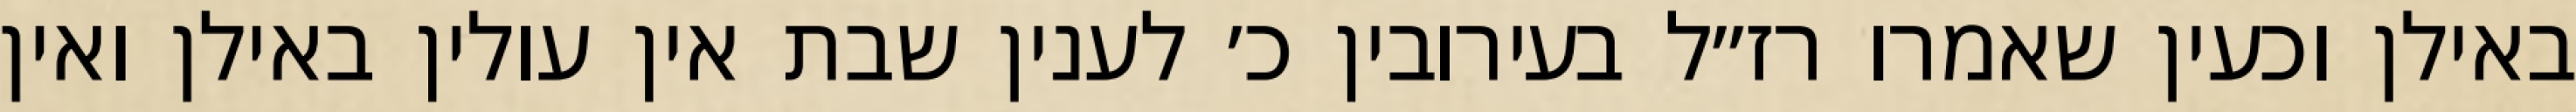
באילן וכעין שאמרו רז״ל בעירובין כ׳ לענין שבת אין עולין באילן ואין